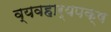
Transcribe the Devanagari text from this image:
व्यवहार्यपक्ष